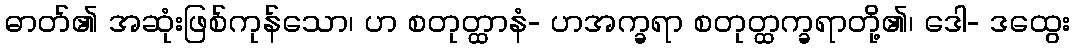
ဓာတ်၏ အဆုံးဖြစ်ကုန်သော၊ ဟ စတုတ္ထာနံ- ဟအက္ခရာ စတုတ္ထက္ခရာတို့၏၊ ဒေါ- ဒထွေး